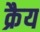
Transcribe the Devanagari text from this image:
क्रैय